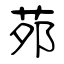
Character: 茒